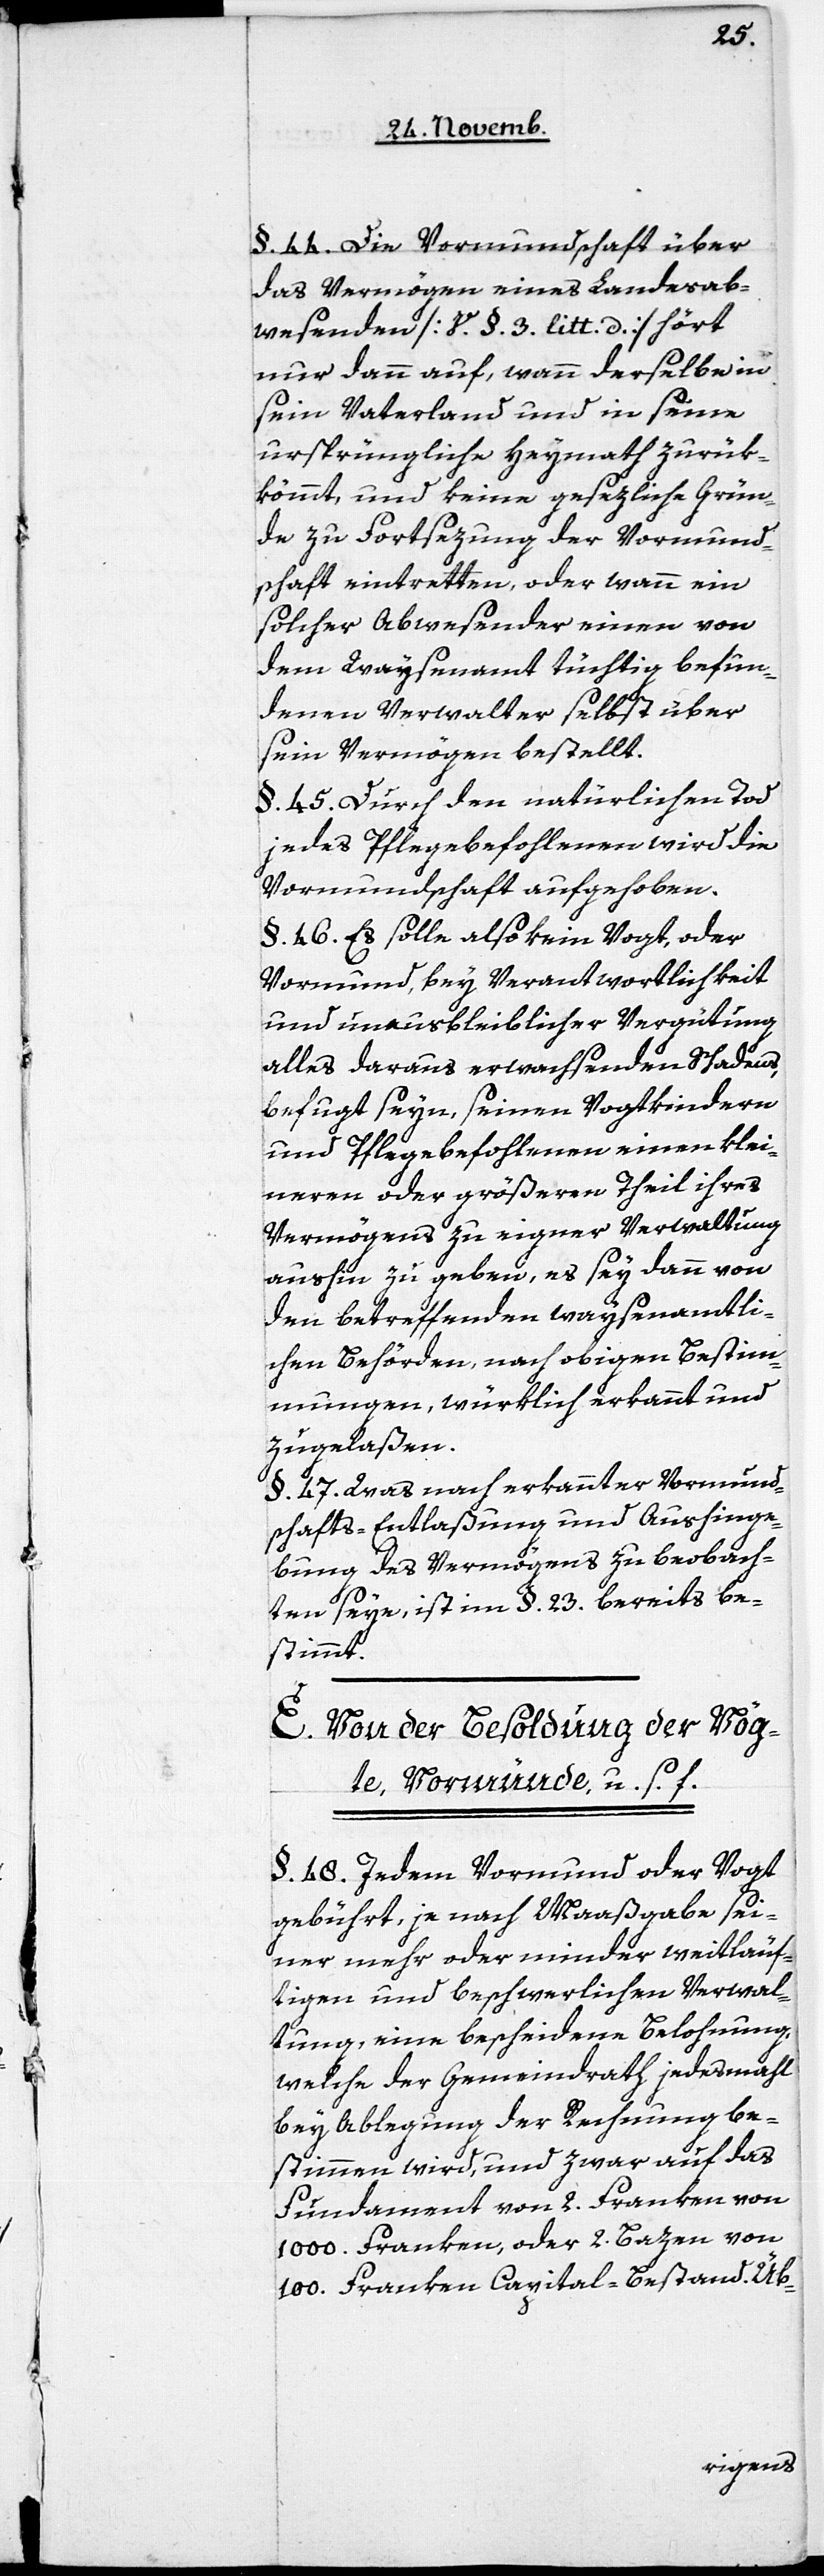
§. 44. Die Vormundschaft über
das Vermögen eines Landesab¬
wesenden [V. §. 3. litt. d.] hört
nur dann auf, wann derselbe in
sein Vaterland und in seine
ursprüngliche Heymath zurük¬
kömmt, und keine gesezliche Grün¬
de zu Fortsetzung der Vormund¬
schaft eintretten, oder wann ein
solcher Abwesender einen von
dem Waysenamt tüchtig befun¬
denen Verwalter selbst über
sein Vermögen bestellt.
§. 45. Durch den natürlichen Tod
jedes Pflegebefohlenen wird die
Vormundschaft aufgehoben.
§. 46. Es solle also kein Vogt, oder
Vormund, bey Verantwortlichkeit
und unausbleiblicher Vergütung
alles daraus erwachsenden Schadens,
befugt seyn, seinen Vogtkindern
und Pflegebefohlenen einen klei¬
neren oder größeren Theil ihres
Vermögens zu eigner Verwaltung
aushin zu geben, es sey dann von
den betreffenden waysenamtli¬
chen Behörden, nach obigen Bestim¬
mungen, würklich erkannt und
zugelaßen.
§. 47. Was nach erkannter Vormund¬
schafts-Entlaßung und Aushinge¬
bung des Vermögens zu beobach¬
ten seye, ist im §. 23. bereits be¬
stimmt.
E. Von der Besoldung der Vög¬
te, Vormünde, u. s. f.
§. 48. Jedem Vormund oder Vogt
gebührt, je nach Maaßgabe sei¬
ner mehr oder minder weitläuf¬
igen und beschwerlichen Verwal¬
tung, eine bescheidene Belohnung,
welche der Gemeindrath jedesmahl
bey Ablegung der Rechnung be¬
stimmen wird, und zwar auf das
Fundament von 2. Franken von
1000. Franken, oder 2. Bazen von
100. Franken Capital-Bestand. Üb-